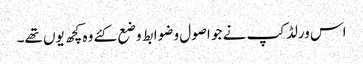
اس ورلڈکپ نے جو اصول و ضوابط وضع کئے وہ کچھ یوں تھے۔